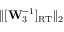
\lVert [ \mathbf { W } _ { 3 } ^ { - 1 } ] _ { \mathrm { R T } } \rVert _ { 2 }